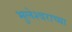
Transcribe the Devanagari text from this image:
भुलेश्वराच्या